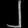
Digit: ၂